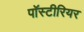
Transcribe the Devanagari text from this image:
पॉस्टीरियर